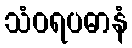
သံဝရပဓာနံ